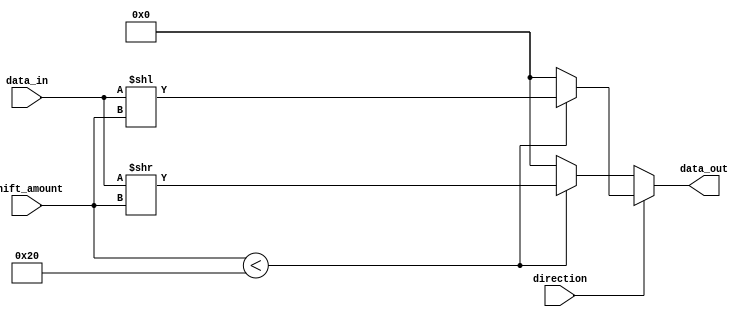
module barrel_shifter(
    input signed [31:0] data_in,
    input [4:0] shift_amount,
    input direction,
    output reg signed [31:0] data_out
);

always @(*)
begin
    if (direction)
    begin
        if (shift_amount < 32)
            data_out = data_in << shift_amount;
        else
            data_out = 0;
    end
    else
    begin
        if (shift_amount < 32)
            data_out = data_in >> shift_amount;
        else
            data_out = 0;
    end
end

endmodule